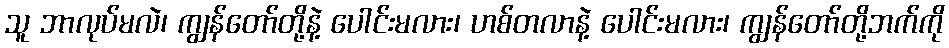
သူ ဘာလုပ်မလဲ၊ ကျွန်တော်တို့နဲ့ ပေါင်းမလား၊ ဟစ်တလာနဲ့ ပေါင်းမလား၊ ကျွန်တော်တို့ဘက်ကို